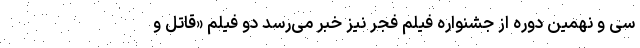
سی و نهمین دوره از جشنواره فیلم فجر نیز خبر می‌رسد دو فیلم «قاتل و